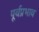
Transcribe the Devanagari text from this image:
पूर्वप्रभाव